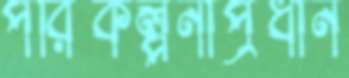
পরিকল্পনাপ্রধান